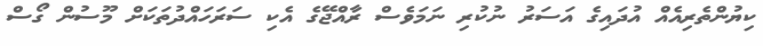
ކިޔުންތެރިއެއް އުދައިގެ އަސަރު ނުކުރި ނަމަވެސް ރާއްޖޭގެ އެކި ސަރަހައްދުތަކަށް މޫސުން ގޯސް